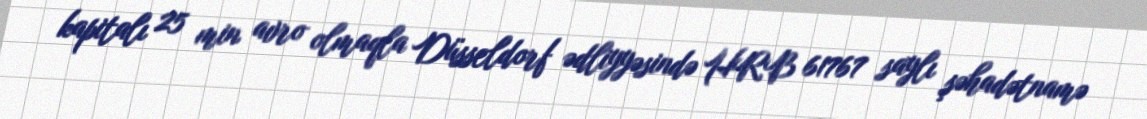
kapitalı 25 min avro olmaqla Düsseldorf ədliyyəsində HRB 61767 saylı şəhadətnamə